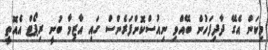
މިކަން އެގޭ ދާދިފަހުން ބޭއްވި ނިއުސްކޮންފަރެންސް ގައި އާޒިމާ ބުނީ ރިޕޯޓް އެއޮތީ